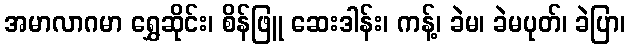
အမာလာဂမာ ရွှေဆိုင်း၊ စိန်ဖြူ ဆေးဒါန်း၊ ကန့်၊ ခဲမ၊ ခဲမပုတ်၊ ခဲပြာ၊